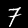
Digit: 7